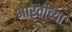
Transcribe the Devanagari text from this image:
भारतीच्या